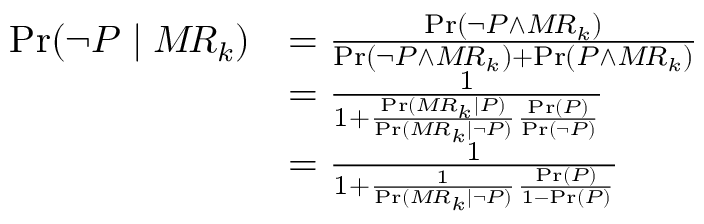
{ \begin{array} { r l } { \operatorname* { P r } ( \lnot P \mid M \! R _ { k } ) } & { = { \frac { \operatorname* { P r } ( \lnot P \land M \! R _ { k } ) } { \operatorname* { P r } ( \lnot P \land M \! R _ { k } ) + \operatorname* { P r } ( P \land M \! R _ { k } ) } } } \\ & { = { \frac { 1 } { 1 + { \frac { \operatorname* { P r } ( M \! R _ { k } \mid P ) } { \operatorname* { P r } ( M \! R _ { k } \mid \lnot P ) } } { \frac { \operatorname* { P r } ( P ) } { \operatorname* { P r } ( \lnot P ) } } } } } \\ & { = { \frac { 1 } { 1 + { \frac { 1 } { \operatorname* { P r } ( M \! R _ { k } \mid \lnot P ) } } { \frac { \operatorname* { P r } ( P ) } { 1 - \operatorname* { P r } ( P ) } } } } } \end{array} }